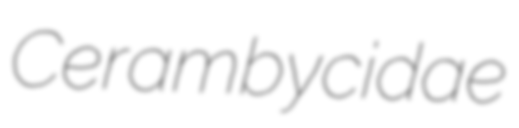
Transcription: Cerambycidae